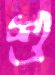
শু